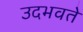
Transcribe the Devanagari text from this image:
उदभवते